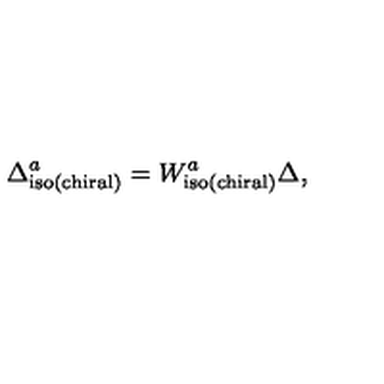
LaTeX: \Delta _ { \mathrm { i s o ( c h i r a l ) } } ^ { a } = W _ { \mathrm { i s o ( c h i r a l ) } } ^ { a } \Delta ,